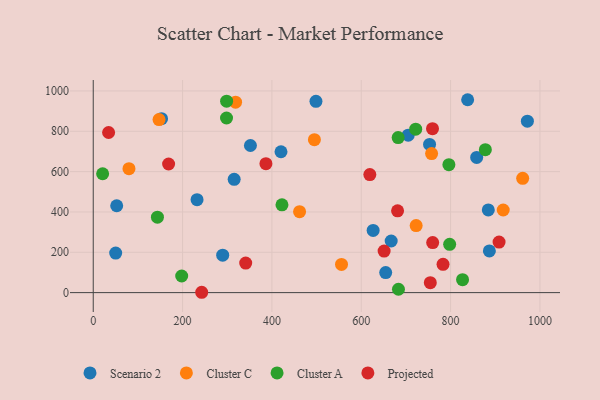
{"axis": {"x": "Experience", "y": "Yield"}, "legend": ["Cluster A", "Cluster C", "Projected", "Scenario 2"], "data": [{"x": "289.8", "y": 185.5, "type": "Scenario 2"}, {"x": "498.6", "y": 948.6, "type": "Scenario 2"}, {"x": "626.6", "y": 308.5, "type": "Scenario 2"}, {"x": "420.3", "y": 698.5, "type": "Scenario 2"}, {"x": "838.2", "y": 956.4, "type": "Scenario 2"}, {"x": "858.4", "y": 670.1, "type": "Scenario 2"}, {"x": "971.9", "y": 850.0, "type": "Scenario 2"}, {"x": "315.5", "y": 561.8, "type": "Scenario 2"}, {"x": "52.5", "y": 430.6, "type": "Scenario 2"}, {"x": "705.1", "y": 780.8, "type": "Scenario 2"}, {"x": "152.9", "y": 862.4, "type": "Scenario 2"}, {"x": "654.7", "y": 99.5, "type": "Scenario 2"}, {"x": "667.0", "y": 256.0, "type": "Scenario 2"}, {"x": "886.8", "y": 206.9, "type": "Scenario 2"}, {"x": "351.9", "y": 729.4, "type": "Scenario 2"}, {"x": "50.2", "y": 196.2, "type": "Scenario 2"}, {"x": "884.4", "y": 409.8, "type": "Scenario 2"}, {"x": "232.4", "y": 460.6, "type": "Scenario 2"}, {"x": "752.9", "y": 734.8, "type": "Scenario 2"}, {"x": "461.9", "y": 401.4, "type": "Cluster C"}, {"x": "147.3", "y": 858.1, "type": "Cluster C"}, {"x": "917.8", "y": 409.7, "type": "Cluster C"}, {"x": "757.5", "y": 689.3, "type": "Cluster C"}, {"x": "80.0", "y": 614.7, "type": "Cluster C"}, {"x": "722.9", "y": 332.2, "type": "Cluster C"}, {"x": "495.1", "y": 758.5, "type": "Cluster C"}, {"x": "318.6", "y": 944.1, "type": "Cluster C"}, {"x": "961.4", "y": 566.9, "type": "Cluster C"}, {"x": "555.8", "y": 139.8, "type": "Cluster C"}, {"x": "721.9", "y": 810.6, "type": "Cluster A"}, {"x": "796.2", "y": 634.5, "type": "Cluster A"}, {"x": "422.5", "y": 435.5, "type": "Cluster A"}, {"x": "143.7", "y": 374.3, "type": "Cluster A"}, {"x": "21.0", "y": 589.3, "type": "Cluster A"}, {"x": "797.9", "y": 239.4, "type": "Cluster A"}, {"x": "198.0", "y": 82.4, "type": "Cluster A"}, {"x": "298.4", "y": 865.9, "type": "Cluster A"}, {"x": "877.8", "y": 708.5, "type": "Cluster A"}, {"x": "682.6", "y": 768.6, "type": "Cluster A"}, {"x": "826.8", "y": 64.3, "type": "Cluster A"}, {"x": "298.6", "y": 949.0, "type": "Cluster A"}, {"x": "683.3", "y": 16.6, "type": "Cluster A"}, {"x": "759.5", "y": 813.0, "type": "Projected"}, {"x": "386.6", "y": 639.2, "type": "Projected"}, {"x": "168.7", "y": 637.6, "type": "Projected"}, {"x": "759.9", "y": 247.9, "type": "Projected"}, {"x": "341.3", "y": 146.5, "type": "Projected"}, {"x": "34.4", "y": 793.8, "type": "Projected"}, {"x": "754.6", "y": 49.4, "type": "Projected"}, {"x": "783.1", "y": 140.4, "type": "Projected"}, {"x": "651.2", "y": 205.8, "type": "Projected"}, {"x": "681.3", "y": 405.5, "type": "Projected"}, {"x": "908.5", "y": 250.7, "type": "Projected"}, {"x": "242.8", "y": 1.7, "type": "Projected"}, {"x": "619.2", "y": 585.1, "type": "Projected"}]}